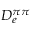
D _ { e } ^ { \pi \pi }